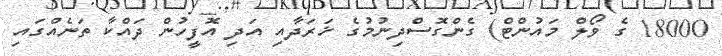
18000 ގެ ވޯލް މައުންޓް) ގެންގޮސްދިނުމުގެ ޚަރަދާއި އަދި އޮފީހުން ދައްކާ ތަނެއްގައި